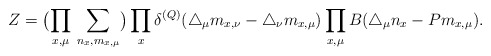
\begin{align*}Z=\bigl(\prod_{x, \mu}\, \sum_{n_x, m_{x,\mu}}\bigr) \prod_x \delta^{(Q)}(\triangle_{\mu} m_{x, \nu}-\triangle_{\nu}m_{x, \mu})\prod_{x, \mu}B(\triangle_{\mu}n_x - P m_{x, \mu}).\end{align*}